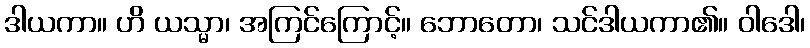
ဒါယကာ။ ဟိ ယသ္မာ၊ အကြင်ကြောင့်။ ဘောတော၊ သင်ဒါယကာ၏။ ဝါဒေါ၊